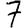
Digit: 7